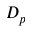
D _ { p }